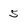
Character: 5